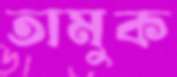
তামুক